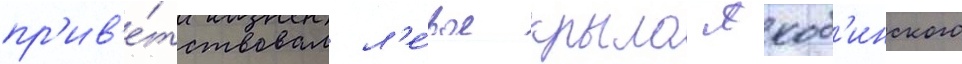
пр'ив'е́тствовал л'е́вое крыло якоб'инского